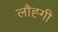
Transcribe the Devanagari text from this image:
लौह्गी